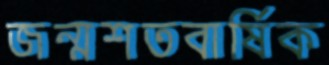
জন্মশতবার্ষিক